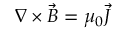
\nabla \times \vec { B } = \mu _ { 0 } \vec { J }